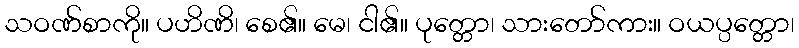
သဝဏ်စာကို။ ပဟိဏိ၊ စေ၏။ မေ၊ ငါ၏။ ပုတ္တော၊ သားတော်ကား။ ဝယပ္ပတ္တော၊